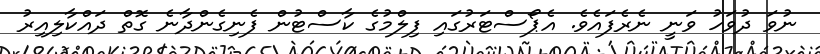
ނުވަ ދުވަހު ވަނީ ނެރެފައެވެ. އެޕޯސްޓަރުގައި ފިލްމުގެ ކާސްޓުން ފެނިގެންދާނެ ގޮތް ދައްކާލިއިރު